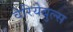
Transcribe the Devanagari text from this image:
वेरियेबुल्स